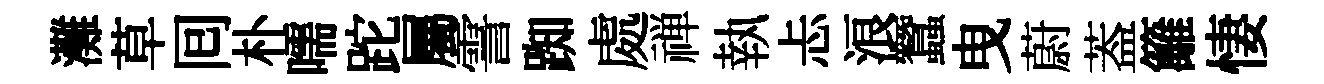
灘草囘朴嚅跎屬霅踟處禅執忐浪蠶曳蔚葢籬悽